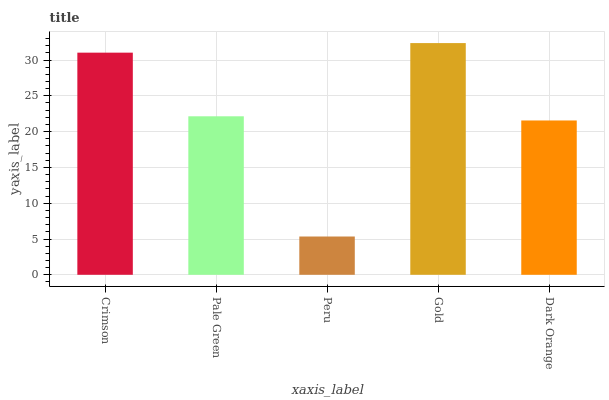
| xaxis_label | bars |
 | --- | --- |
 | Crimson | 31 |
 | Pale Green | 22.1 |
 | Peru | 5.35 |
 | Gold | 32.4 |
 | Dark Orange | 21.6 |